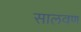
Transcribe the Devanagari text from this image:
सालवण